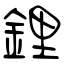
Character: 鋰